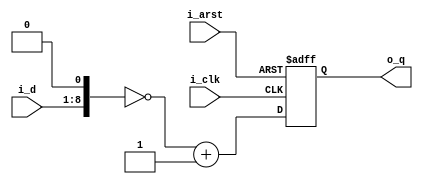
// This program was cloned from: https://github.com/Efinix-Inc/xyloni
// License: MIT License

module multi_n2_ext5
#(
	parameter	D_WIDTH	= 8
)
(
	input	i_arst,
	input	i_clk,
	
	input	[D_WIDTH-1:0]i_d,
	output	[D_WIDTH+5-1:0]o_q
);

reg		[D_WIDTH+5-1:0]r_q_1P;

wire	[D_WIDTH+5-1:0]w_d_0P;

assign	w_d_0P	= {4'b0000, i_d, 1'b0};

always@(posedge i_arst or posedge i_clk)
begin
	if (i_arst)
		r_q_1P	<= {D_WIDTH+5{1'b0}};
	else
		r_q_1P	<= ~w_d_0P+1'b1;
end

assign	o_q	= r_q_1P;

endmodule